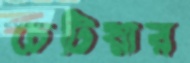
চেটিয়ার